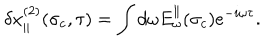
\delta x _ { \parallel } ^ { ( 2 ) } ( \sigma _ { c } , \tau ) = \int d \omega E _ { \omega } ^ { \parallel } ( \sigma _ { c } ) e ^ { - i \omega \tau } .